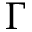
\Gamma